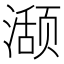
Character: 𬈾